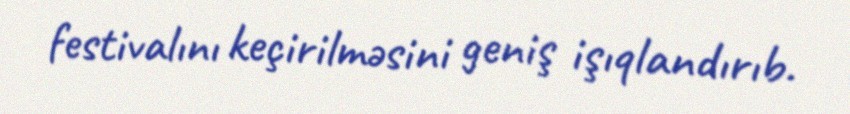
festivalını keçirilməsini geniş işıqlandırıb.